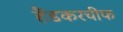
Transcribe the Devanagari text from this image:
हैंडकरचीफ